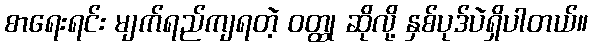
စာရေးရင်း မျက်ရည်ကျရတဲ့ ဝတ္ထု ဆိုလို့ နှစ်ပုဒ်ပဲရှိပါတယ်။